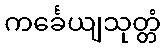
ကင်္ခေယျသုတ္တံ